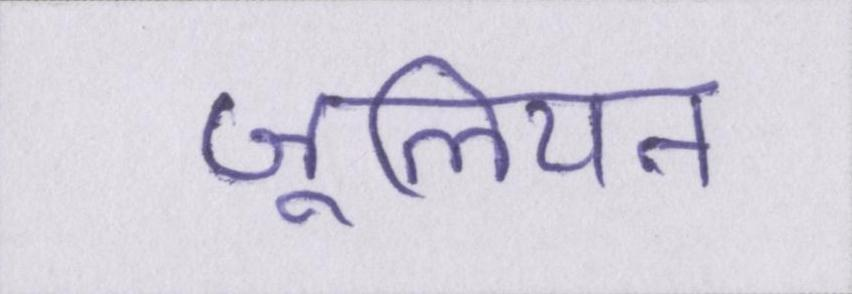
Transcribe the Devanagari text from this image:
जूलियन